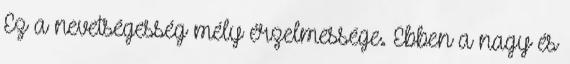
Ez a nevetségesség mély érzelmessége. Ebben a nagy és